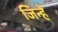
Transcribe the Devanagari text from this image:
जिन्हेें